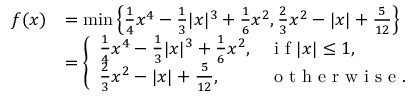
\begin{array} { r l } { f ( x ) } & { = \operatorname* { m i n } \left\{ \frac { 1 } { 4 } x ^ { 4 } - \frac { 1 } { 3 } | x | ^ { 3 } + \frac { 1 } { 6 } x ^ { 2 } , \frac { 2 } { 3 } x ^ { 2 } - | x | + \frac { 5 } { 1 2 } \right\} } \\ & { = \left\{ \begin{array} { l l } { \frac { 1 } { 4 } x ^ { 4 } - \frac { 1 } { 3 } | x | ^ { 3 } + \frac { 1 } { 6 } x ^ { 2 } , } & { \textrm { i f } | x | \le 1 , } \\ { \frac { 2 } { 3 } x ^ { 2 } - | x | + \frac { 5 } { 1 2 } , } & { \textrm { o t h e r w i s e } . } \end{array} \right. } \end{array}